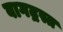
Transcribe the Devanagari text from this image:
वागद्रस्त